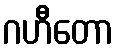
ဂဟီတော